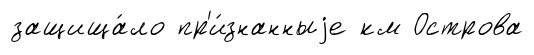
защища́ло пр'и́знанныjе км Острова